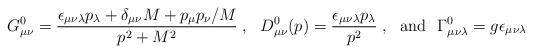
LaTeX: \begin{align*}G^0_{\mu\nu} = \frac{\epsilon_{\mu\nu\lambda}p_\lambda+\delta_{\mu\nu}M+p_\mu p_\nu/M}{p^2+M^2}\;,~~D^0_{\mu\nu}(p)= \frac{\epsilon_{\mu\nu\lambda}p_\lambda}{p^2}\;, ~~{\rm and}~~\Gamma^0_{\mu\nu\lambda}=g\epsilon_{\mu\nu\lambda}\end{align*}